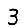
Digit: 3